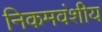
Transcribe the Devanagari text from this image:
निकमवंशीय